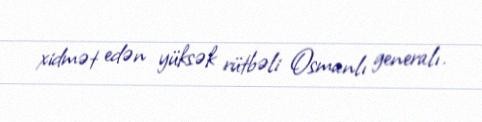
xidmət edən yüksək rütbəli Osmanlı generalı.